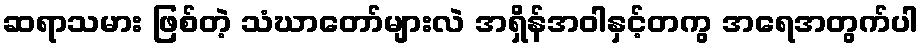
ဆရာသမား ဖြစ်တဲ့ သံဃာတော်များလဲ အရှိန်အဝါနှင့်တကွ အရေအတွက်ပါ